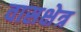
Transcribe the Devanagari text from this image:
वासक्षेत्र